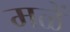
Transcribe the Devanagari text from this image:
मळें